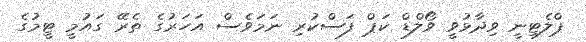
ޕްލެޓިނީ ވިދާޅުވީ ވޯލްޑް ކަޕް ފަސްކުރި ނަމަވެސް އަހަރުގެ ތެރޭ ގައުމީ ޓީމުގެ